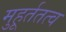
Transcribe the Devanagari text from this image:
मुहूर्ततत्व